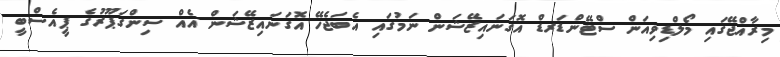
މިރާއްޖޭގައި މޯލްޑިިވިއަން ސްޓޭންޑަރޑް އޮގަނައިޒޭޝަން ނަމުގައި އެބަޖެހޭ އޮގަނައިޒޭޝަން އެއް ސިންގަޕޫރުގެ ޕީއެސްބީ